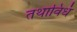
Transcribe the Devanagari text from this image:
तथाविधं